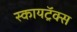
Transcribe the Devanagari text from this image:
स्कायट्रॅक्स